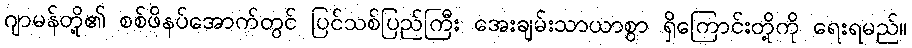
ဂျာမန်တို့၏ စစ်ဖိနပ်အောက်တွင် ပြင်သစ်ပြည်ကြီး အေးချမ်းသာယာစွာ ရှိကြောင်းတို့ကို ရေးရမည်။